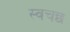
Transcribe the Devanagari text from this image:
स्वचछ